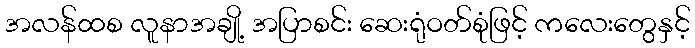
အလန်ထစ လူနာအချို့ အပြာစင်း ဆေးရုံဝတ်စုံဖြင့် ကလေးတွေနှင့်